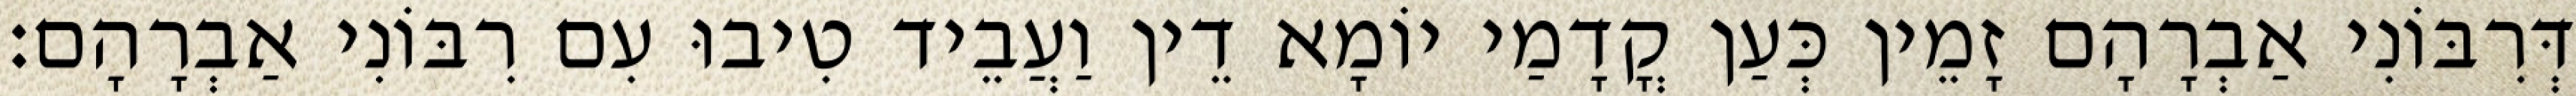
דְּרִבּוֹנִי אַבְרָהָם זָמֵין כְּעַן קֳדָמַי יוֹמָא דֵין וַעֲבֵיד טִיבוּ עִם רִבּוֹנִי אַבְרָהָם׃